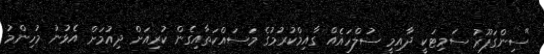
"ސިންގަޕޫރު ސަމިޓަކީ ދާއިމީ ސުލްހައެއް ގާއިމްކުރުމުގެ މަސައްކަތާއިގެން ކުރިއަށް ދިއުމަށް އެޅުނު މުހިންމު